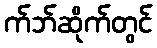
က်ဘ်ဆိုက်တွင်